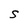
Character: S